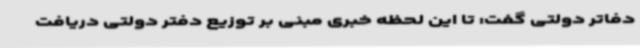
دفاتر دولتی گفت: تا این لحظه خبری مبنی بر توزیع دفتر دولتی دریافت